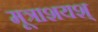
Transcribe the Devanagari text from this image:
मूत्राशयश्